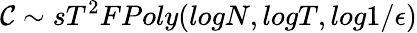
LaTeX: \mathcal{C}\sim sT^{2}FPoly(logN,logT,log1/\epsilon)